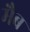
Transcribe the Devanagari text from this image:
मैब